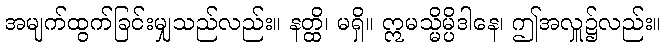
အမျက်ထွက်ခြင်းမျှသည်လည်း။ နတ္ထိ၊ မရှိ။ ဣမသ္မိမ္ပိဒါနေ၊ ဤအလှူ၌လည်း။